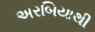
અરબિયાથી